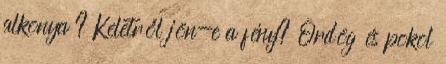
alkonya ? Keletről jön-e a fény? Ördög és pokol